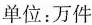
单位：万件